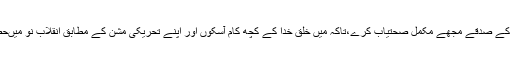
وہ اپنے حبیبۖ کے صدقے مجھے مکمل صحتیاب کرے،تاکہ میں خلق خدا کے کچھ کام آسکوں اور اپنے تحریکی مشن کے مطابق انقلاب نو میںحصہ ڈال سکوں۔